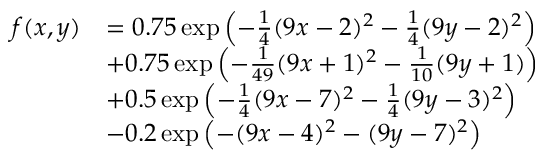
\begin{array} { r l } { f ( x , y ) } & { = 0 . 7 5 \exp \left( - \frac { 1 } { 4 } ( 9 x - 2 ) ^ { 2 } - \frac { 1 } { 4 } ( 9 y - 2 ) ^ { 2 } \right) } \\ & { + 0 . 7 5 \exp \left( - \frac { 1 } { 4 9 } ( 9 x + 1 ) ^ { 2 } - \frac { 1 } { 1 0 } ( 9 y + 1 ) \right) } \\ & { + 0 . 5 \exp \left( - \frac { 1 } { 4 } ( 9 x - 7 ) ^ { 2 } - \frac { 1 } { 4 } ( 9 y - 3 ) ^ { 2 } \right) } \\ & { - 0 . 2 \exp \left( - ( 9 x - 4 ) ^ { 2 } - ( 9 y - 7 ) ^ { 2 } \right) } \end{array}